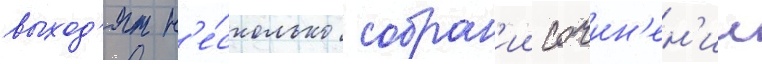
выход'ят н'е́сколько собран'ии сочин'ен'ии